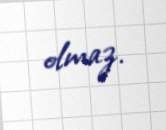
olmaz.